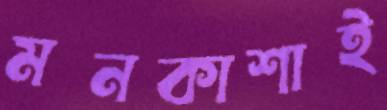
মনকাশাই